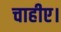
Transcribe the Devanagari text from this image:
चाहीए।